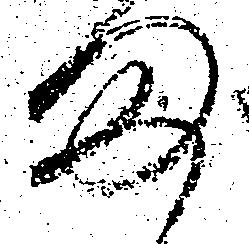
ま